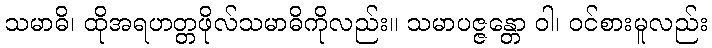
သမာဓိ၊ ထိုအရဟတ္တဖိုလ်သမာဓိကိုလည်း။ သမာပဇ္ဇန္တော ဝါ၊ ဝင်စားမူလည်း